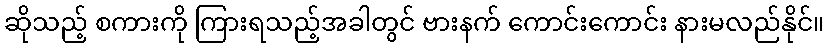
ဆိုသည့် စကားကို ကြားရသည့်အခါတွင် ဗားနက် ကောင်းကောင်း နားမလည်နိုင်။